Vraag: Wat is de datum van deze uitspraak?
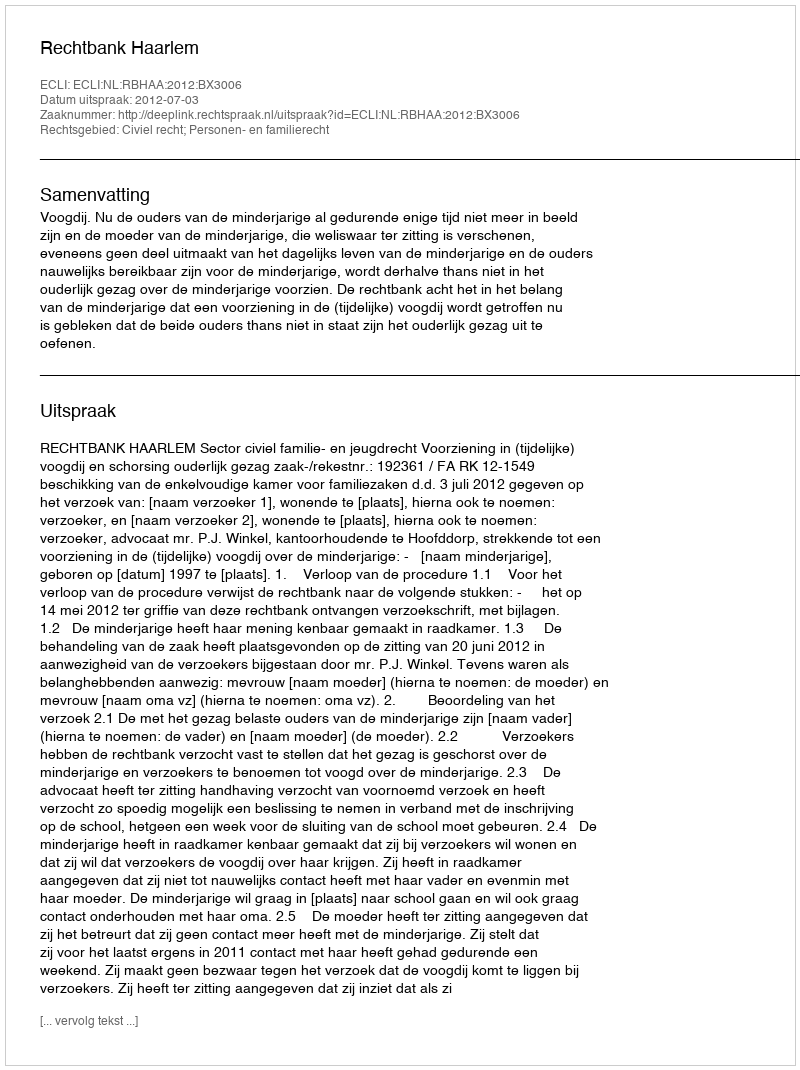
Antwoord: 2012-07-03